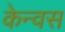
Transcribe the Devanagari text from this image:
केन्वस